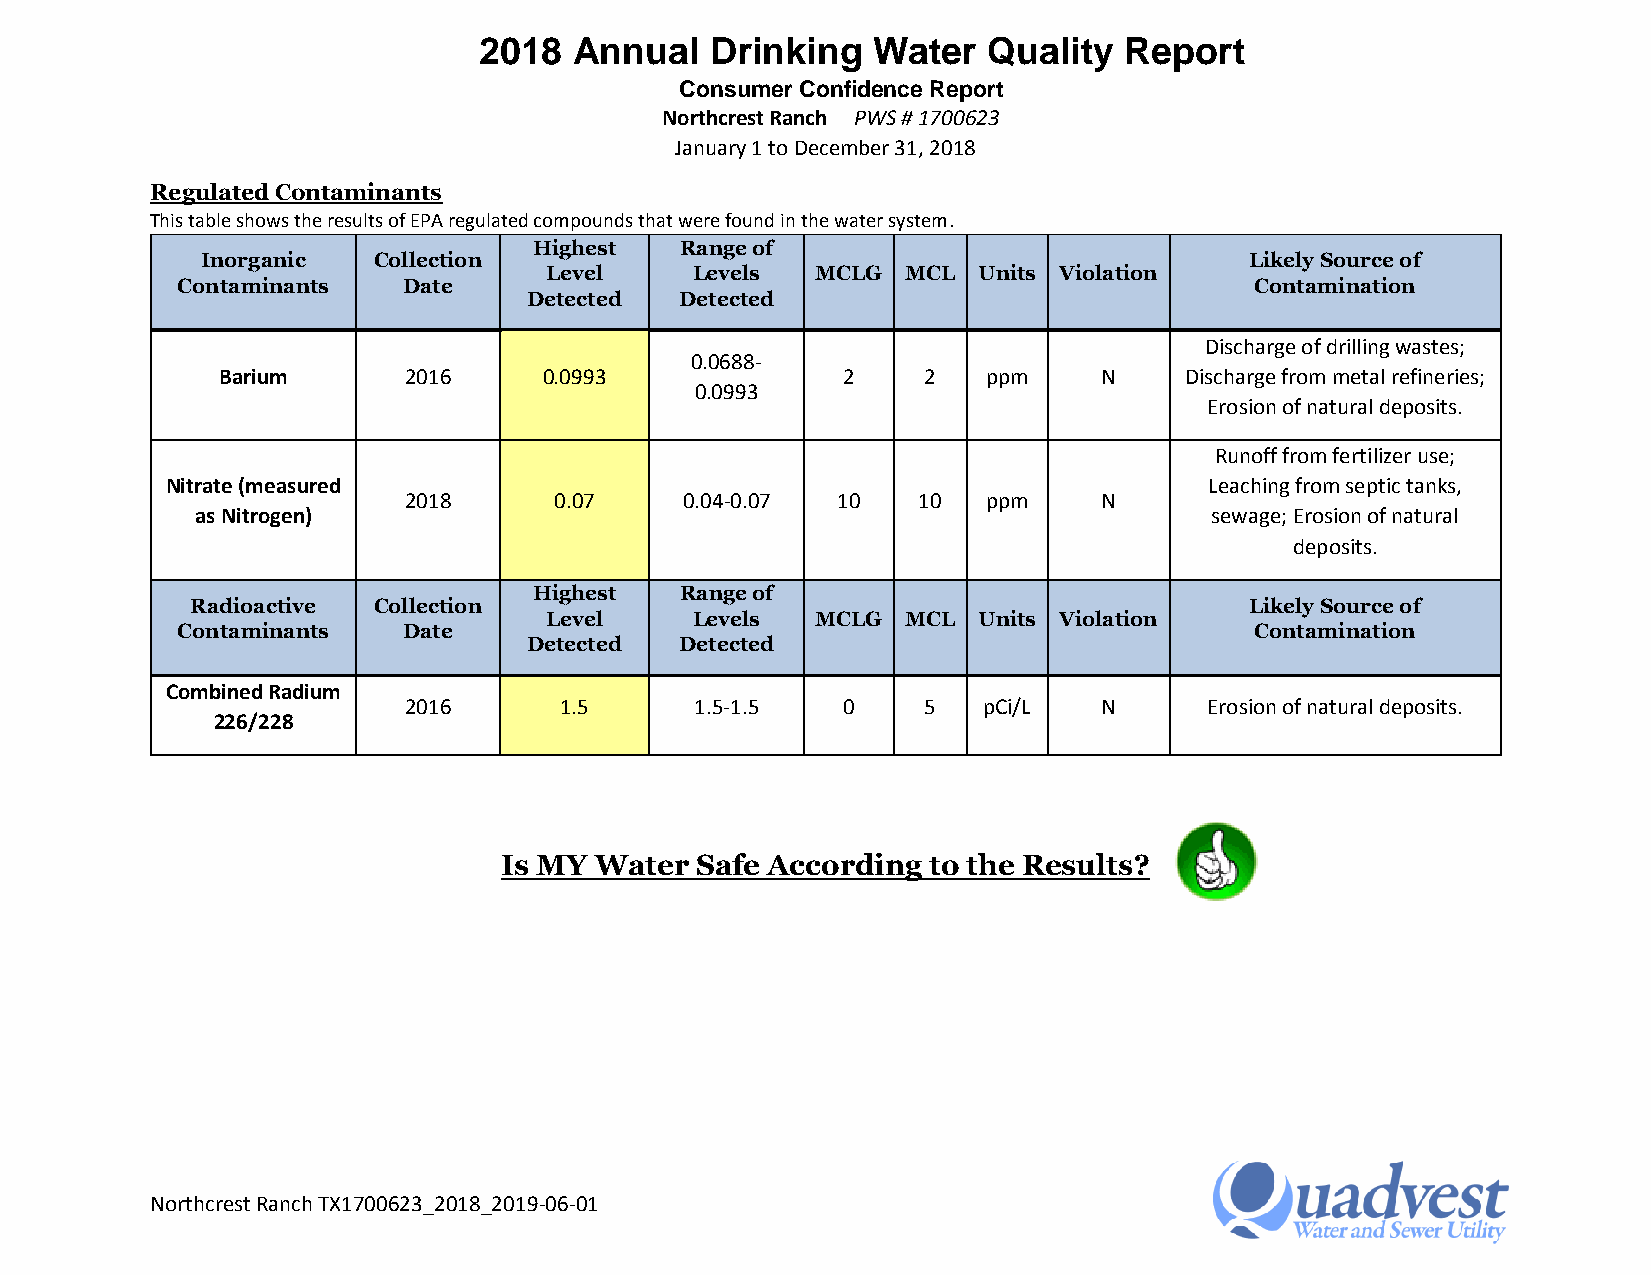
2018  Annual   Drinking   Water  Quality  Report
 Consumer Confidence Report
 Northcrest Ranch PWS # 1700623
 January 1 to December 31, 2018
 Regulated Contaminants
 This table shows the results of EPA regulated compounds that were found in the water system.
 Highest   Range of
 Inorganic   Collection                                                Likely Source of
 Level     Levels  MCLG  MCL  Units Violation
 Contaminants   Date                                                    Contamination
 Detected  Detected
 Discharge of drilling wastes;
 0.0688-
 Barium       2016     0.0993              2    2   p p m   N    Discharge from metal refineries;
 0.0993
 Erosion of natural deposits.
 Runoff from fertilizer use;
 Nitrate (measured                                                    Leaching from septic tanks,
 2018      0.07    0.04-0.07 10    10  p p m   N
 as Nitrogen)                                                       sewage; Erosion of natural
 deposits.
 Highest   Range of
 Radioactive Collection                                                Likely Source of
 Level     Levels  MCLG  MCL  Units Violation
 Contaminants   Date                                                    Contamination
 Detected  Detected
 Combined Radium
 2016      1.5      1.5-1.5   0    5   pCi/L   N      Erosion of natural deposits.
 226/228
 Is MY Water  Safe According to the Results?
 Northcrest Ranch TX1700623_2018_2019-06-01